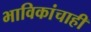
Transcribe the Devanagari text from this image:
भाविकांचाही